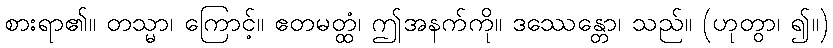
စားရာ၏။ တသ္မာ၊ ကြောင့်။ ဧတမတ္ထံ၊ ဤအနက်ကို။ ဒဿေန္တော၊ သည်။ (ဟုတွာ၊ ၍။)